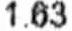
1.63